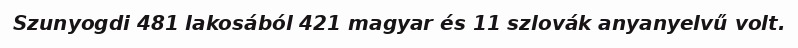
Szunyogdi 481 lakosából 421 magyar és 11 szlovák anyanyelvű volt.